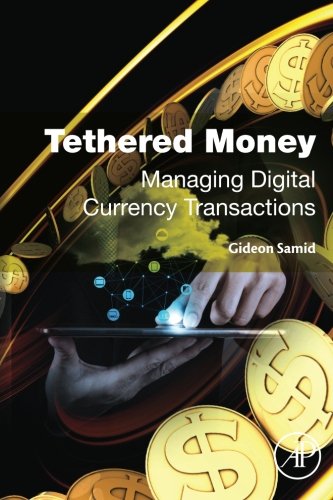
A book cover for Tethered Money: Managing Digital Currency Transactions; Gideon Samid; Computers & Technology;